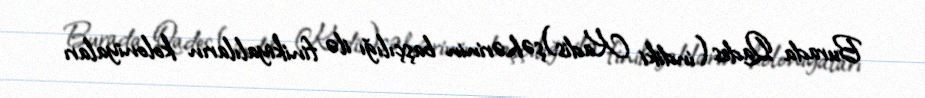
Burada Qades (indiki Kadis)şəhərinin başçılığı ilə finikiyalıların koloniyaları